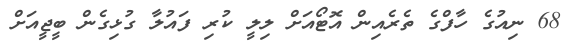
68 ނިއުގެ ހާފްގެ ތެރެއިން އޮޓޯއަށް ލިލީ ކުރި ފައުލާ ގުޅިގެން ބީޖީއަށް